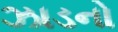
ઝાડનો